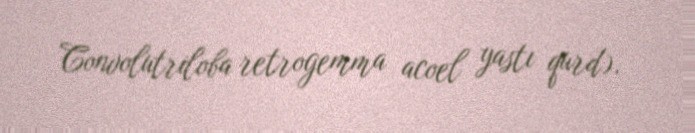
Convolutriloba retrogemma acoel yastı qurd).